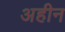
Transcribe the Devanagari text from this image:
अहीन